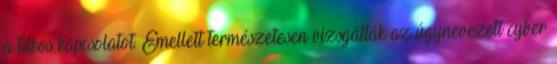
a titkos kapcsolatot. Emellett természetesen vizsgálták az úgynevezett cyber